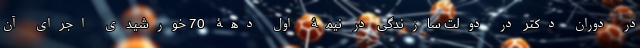
در دوران دکتر در دولت سازندگی در نیمۀ اول دهۀ 70 خورشیدی اجرای آن